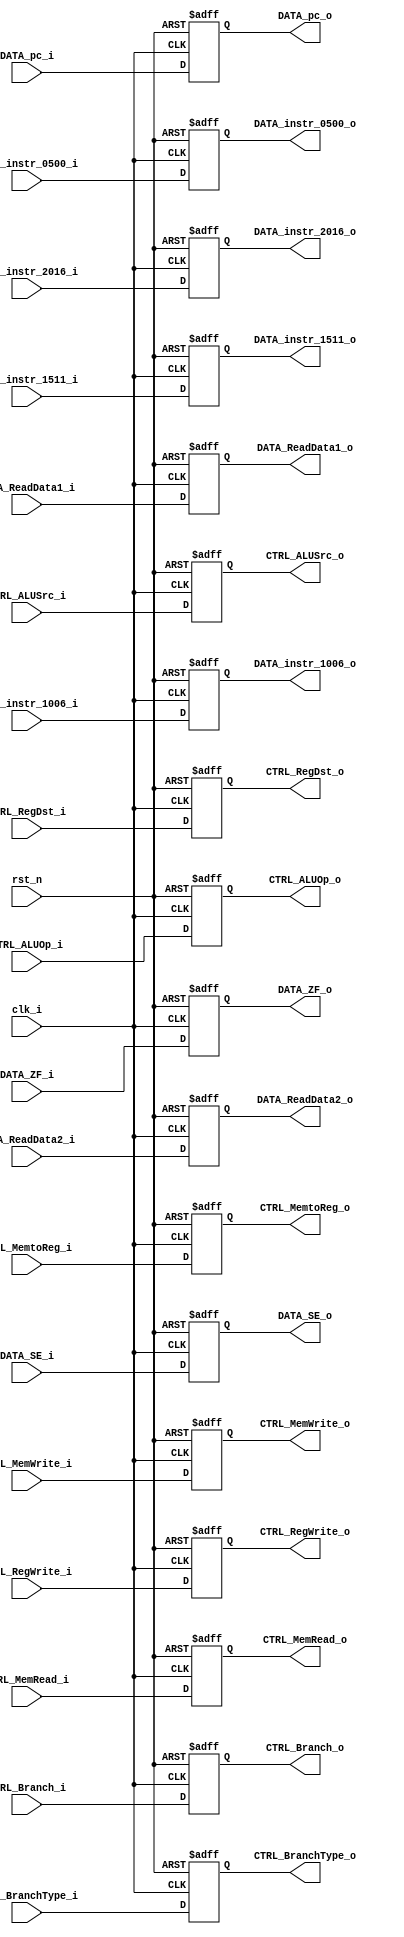
module PIPELINE_IDEX( 
	clk_i,
	rst_n,
	CTRL_ALUOp_i,
	CTRL_ALUSrc_i,
	CTRL_RegWrite_i,
	CTRL_RegDst_i,
	CTRL_Branch_i,
	CTRL_BranchType_i,
	CTRL_MemRead_i,
	CTRL_MemWrite_i,
	CTRL_MemtoReg_i,
	DATA_pc_i,
	DATA_ReadData1_i,
	DATA_ReadData2_i,
	DATA_SE_i,
	DATA_ZF_i,
	DATA_instr_2016_i,
	DATA_instr_1511_i,
	DATA_instr_0500_i,
	DATA_instr_1006_i,
	CTRL_ALUOp_o,
	CTRL_ALUSrc_o,
	CTRL_RegWrite_o,
	CTRL_RegDst_o,
	CTRL_Branch_o,
	CTRL_BranchType_o,
	CTRL_MemRead_o,
	CTRL_MemWrite_o,
	CTRL_MemtoReg_o,
	DATA_pc_o,
	DATA_ReadData1_o,
	DATA_ReadData2_o,
	DATA_SE_o,
	DATA_ZF_o,
	DATA_instr_2016_o,
	DATA_instr_1511_o,
	DATA_instr_0500_o,
	DATA_instr_1006_o);

input wire 				clk_i, rst_n;

input wire 	[3-1:0]		CTRL_ALUOp_i;
input wire 				CTRL_ALUSrc_i, CTRL_RegDst_i, CTRL_RegWrite_i;
input wire 				CTRL_MemRead_i, CTRL_MemWrite_i, CTRL_MemtoReg_i;
input wire 				CTRL_Branch_i;
input wire 	[2-1:0]		CTRL_BranchType_i;

input wire 	[32-1:0]	DATA_pc_i, DATA_ReadData1_i, DATA_ReadData2_i;
input wire 	[32-1:0]	DATA_SE_i, DATA_ZF_i;
input wire 	[5-1:0]		DATA_instr_2016_i, DATA_instr_1511_i, DATA_instr_1006_i;
input wire 	[6-1:0]		DATA_instr_0500_i;

output reg 	[3-1:0]		CTRL_ALUOp_o;
output reg 				CTRL_ALUSrc_o, CTRL_RegDst_o, CTRL_RegWrite_o;
output reg 				CTRL_MemRead_o, CTRL_MemWrite_o, CTRL_MemtoReg_o;
output reg 				CTRL_Branch_o;
output reg 	[2-1:0]		CTRL_BranchType_o;

output reg 	[32-1:0]	DATA_pc_o, DATA_ReadData1_o, DATA_ReadData2_o;
output reg 	[32-1:0]	DATA_SE_o, DATA_ZF_o;
output reg 	[5-1:0]		DATA_instr_2016_o, DATA_instr_1006_o, DATA_instr_1511_o;
output reg 	[6-1:0]		DATA_instr_0500_o;

always @(posedge clk_i or negedge rst_n) begin
	if (!rst_n) begin
		CTRL_ALUOp_o 		<= 3'd0;
		CTRL_ALUSrc_o 		<= 0;
		CTRL_RegDst_o		<= 0;
		CTRL_RegWrite_o		<= 0;
		CTRL_MemRead_o		<= 0;
		CTRL_MemWrite_o 	<= 0;
		CTRL_MemtoReg_o 	<= 0;
		CTRL_Branch_o 		<= 0;
		CTRL_BranchType_o 	<= 2'd0;

		DATA_pc_o			<= 32'd0;
		DATA_ReadData1_o 	<= 32'd0;
		DATA_ReadData2_o 	<= 32'd0;
		DATA_SE_o			<= 32'd0;
		DATA_ZF_o			<= 32'd0;
		DATA_instr_2016_o	<= 5'd0;
		DATA_instr_1511_o 	<= 5'd0;
		DATA_instr_1006_o 	<= 5'd0;
		DATA_instr_0500_o	<= 6'd0;
	end else begin
		CTRL_ALUOp_o 		<= CTRL_ALUOp_i;
		CTRL_ALUSrc_o 		<= CTRL_ALUSrc_i;
		CTRL_RegDst_o		<= CTRL_RegDst_i;
		CTRL_RegWrite_o		<= CTRL_RegWrite_i;
		CTRL_MemRead_o		<= CTRL_MemRead_i;
		CTRL_MemWrite_o 	<= CTRL_MemWrite_i;
		CTRL_MemtoReg_o 	<= CTRL_MemtoReg_i;
		CTRL_Branch_o 		<= CTRL_Branch_i;
		CTRL_BranchType_o 	<= CTRL_BranchType_i;

		DATA_pc_o			<= DATA_pc_i;
		DATA_ReadData1_o 	<= DATA_ReadData1_i;
		DATA_ReadData2_o 	<= DATA_ReadData2_i;
		DATA_SE_o			<= DATA_SE_i;
		DATA_ZF_o			<= DATA_ZF_i;
		DATA_instr_2016_o	<= DATA_instr_2016_i;
		DATA_instr_1511_o 	<= DATA_instr_1511_i;
		DATA_instr_0500_o	<= DATA_instr_0500_i;
		DATA_instr_1006_o 	<= DATA_instr_1006_i;
	end
end


endmodule